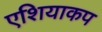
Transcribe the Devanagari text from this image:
एशियाकप